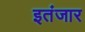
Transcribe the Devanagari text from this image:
इतंजार